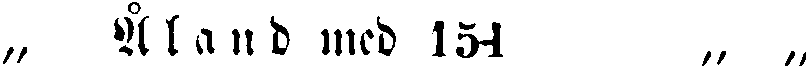
„ Åland med 154 „ „